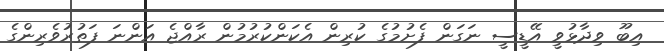
އިބޫ ވިދާޅުވީ އޭޑީސީ ނަގަން ފެށުމުގެ ކުރިން އެކަންކުރުމުން ރާއްޖެ އަންނަ ފަތުރުވެރިންގެ